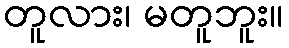
တူလား၊ မတူဘူး။